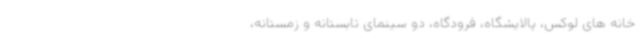
خانه های لوکس، پالایشگاه، فرودگاه، دو سینمای تابستانه و زمستانه،